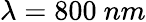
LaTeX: \lambda=800~nm